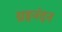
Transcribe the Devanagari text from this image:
ग्रहनंदन